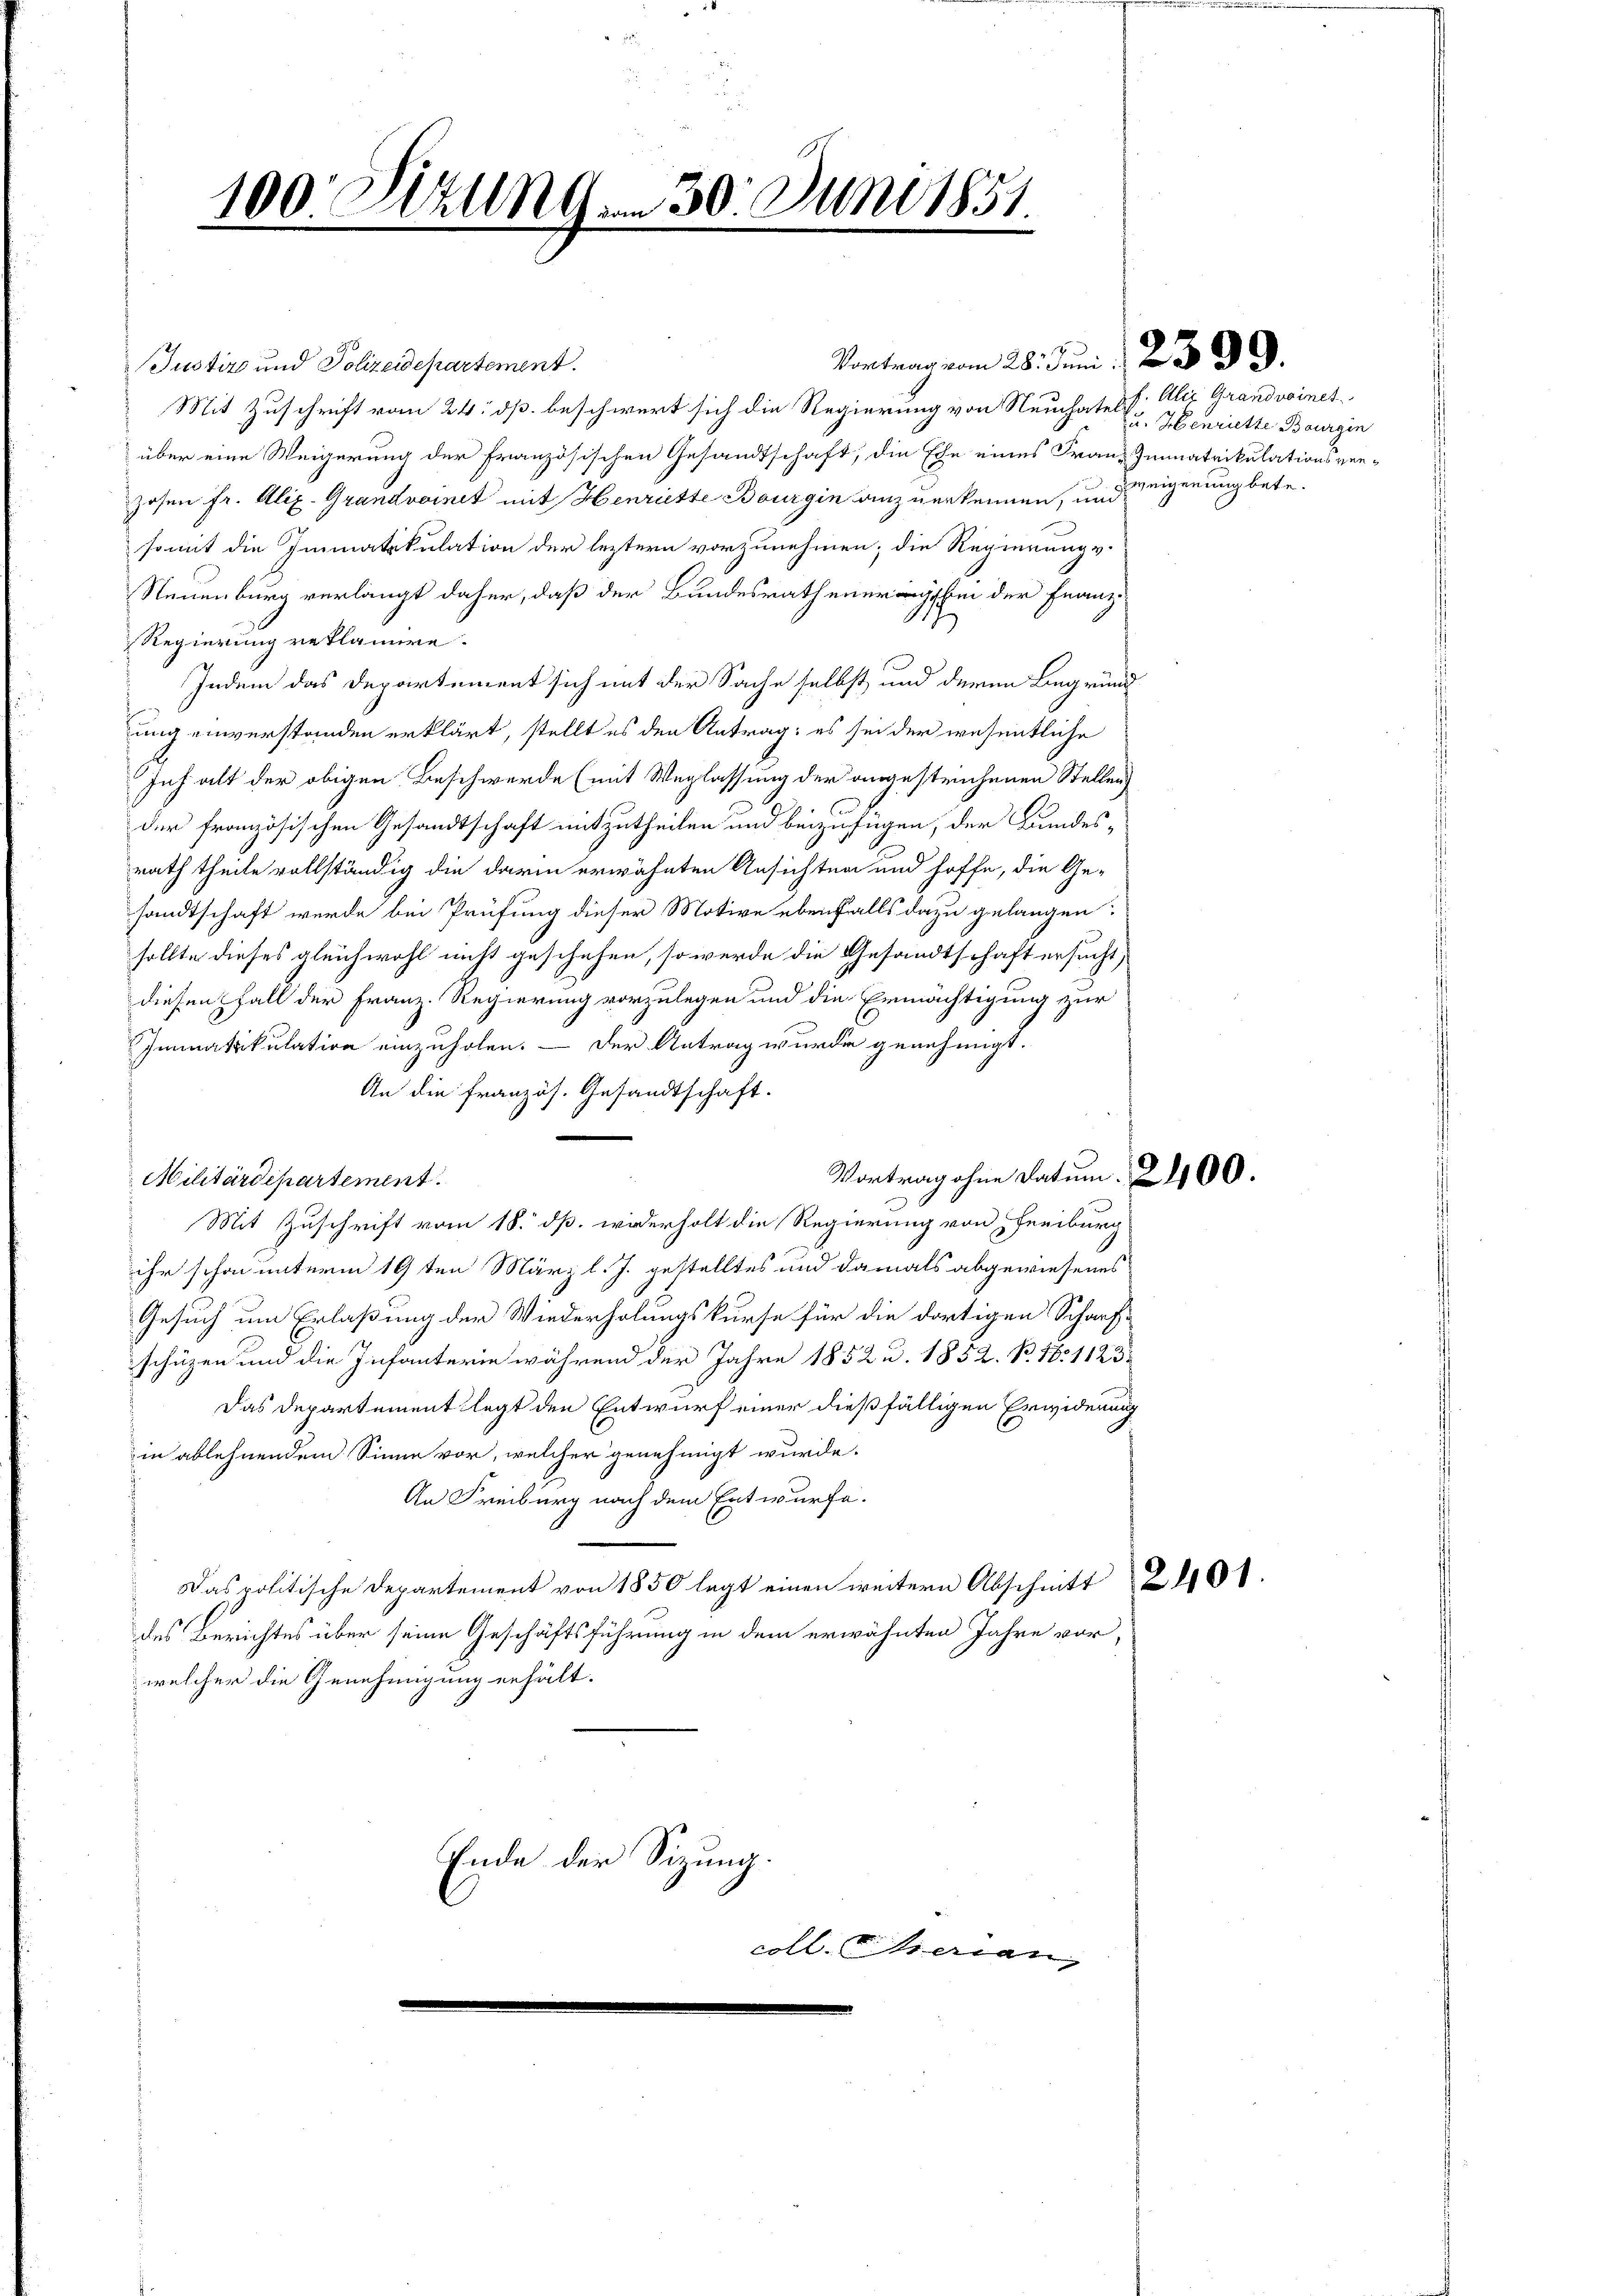
100. Sizung. 30. Juni 1851.

Justiz und Polizeidepartement.
Mit Zuschrift vom 24. dß. beschwert sich die Regierung von Neuchaten Henriette Bourgin
über eine Weigerung der französischen Gesandtschaft, die Ehe eines Franz Immatrikulationsverzosen fr. Alix-Grandvoinit mit Henrieste Bourgin anzuerkennen, und
somit die Immatikulation der leztern vorzunehmen; die Regierung v.
Neuenburg verlangt daher, daß der Bundesrathenegg bei der Franz
Regierung reklamire.
Indem das Departement sich mit der Sache selbst und deren Begründ
ung einverstanden erklärt, stellt es den Antrag: es sei der wesentliche
Inhalt der obigen Beschwerde (mit Weglassung der angestrichenen Stelleng
der französischen Gesandtschaft mitzutheilen und beizufügen, der Bundesrath theile vollständig die darin erwähnten Ansichten und hoffe, die Ge-
sandtschaft werde bei Prüfung dieser Motive ebenfalls dazu gelangen.
sollte dieses gleichwohl nicht geschehen, so werde die Gesandtschaft ersucht,
diesen Fall der Franz. Regierung vorzulegen und die Ermächtigung zur
Immatrikulation einzuholen. — Der Antrag wurde genehmigt.
An die französ. Gesandtschaft.
Vortrag ohne Datum. 2400.
Militärdepartement
Mit Zuschrift vom 18. dß. wiederholt die Regierung von Freiburg
ihr schon unterm 19ten März l. J. gestelltes und damals abgewiesenes
Gesuch um Erlaßung der Wiederholungskurse für die dortigen Schaufschüzen und die Infanterie während der Jahre 1852 u. 1852. B. 18. 1123:
Das Departement legt den Entwurf einer dießfälligen Erwiderung
in ablehnendem Sinne vor, welcher genehmigt wurde.
An Freiburg nach dem Entwurfe.
Das politische Departement von 1850 legt einen weitern Abschnitt 21101.
des Berichtes über seine Geschäftsführung in dem erwähnten Jahre vor,
welcher die Genehmigung erhält.
Ende der Sitzung.
coll. Merian

Vortrag vom 28. Juni 123. 39.

f. Aber Grandvoinet
zzeigerung betr.